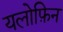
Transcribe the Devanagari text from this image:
यलोफ़िन